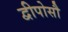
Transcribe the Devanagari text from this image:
द्वीपोसौ